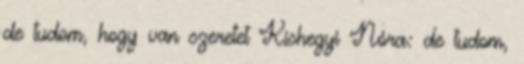
de tudom, hogy van szeretet Kishegyi Nóra: de tudom,